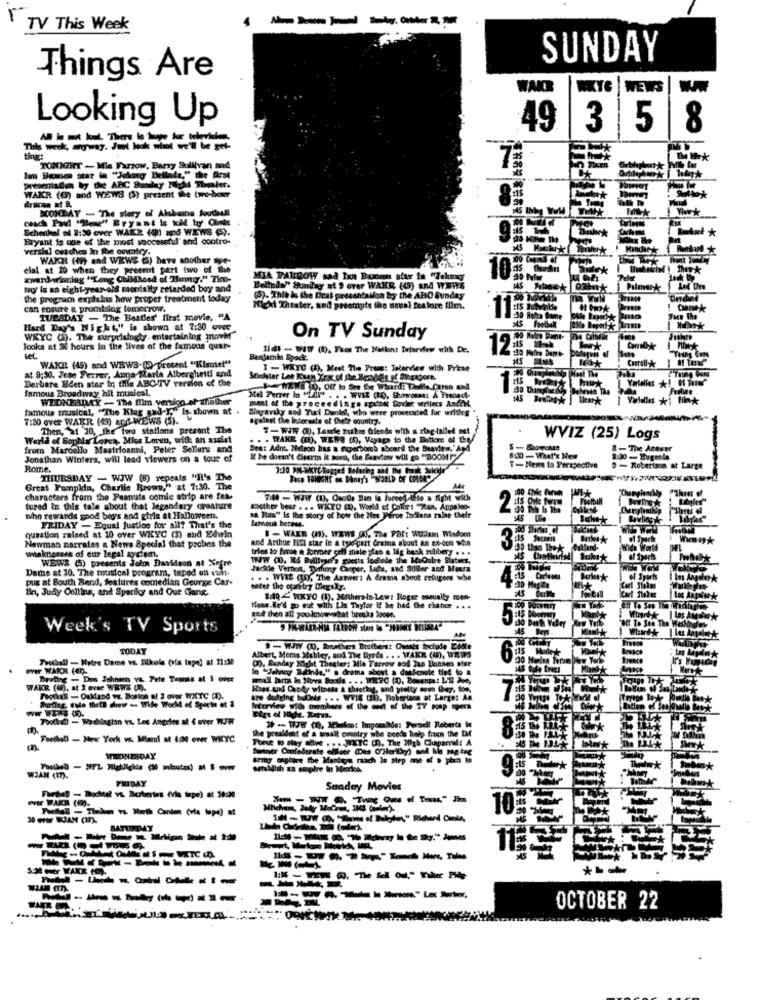
TV This Week
SUNDAY
Things Are
WAKR
WKTE WEWS
Looking Up
49 |3 |5 |8
-----
ting:
TOMMZHIT - Mia Farrow, Barry Sullivan and
7€
IT in "Jakorg Bell
og Dellade," the Rest
Wy De ABC Sunday Nicht Thaler.
WAKR (0) and WEWS (3) present the two-hour
KDAY - The story of Alabama foothall
coach Paid ""ene" Bryant le told by Chris
Schenkel al 3:30 over WAKE (4) and WEWS ().
Bryant Is one of the most successful and contro-
versial evaches In the onmtry.
WAICH (49) and WEWS () have another spe-
cial at 10 when they preemnt part two of the
awardwinning "Long Chidhosd of Honor." Tim-
MIA FARROW sad Inos Bunun star te "Takm
my is an eight-year-old mentally retarded boy and
Ballads" Sunday at 9 over WAKR (49) and WWW
Palmark
the program explains how proper treatment today
(5). This is the first presentailon by the ABO Sunday
can ensure & promising tomorrow.
Nicht Theater, sed preemipts the usual feature film.
TUESDAY - The Beatles' firat movie, "A
Fuer The
Hard Day's Night," is shown at 7:30 over
WKYC (a). The surprisingly. entertaining mnovhf"
On TV Sunday
looks at S6 hours In the lives of the famous quar
111 - WJW (8). Face The Nation: Telarview with Dr.
12:
Iet
WAKE (49) and WBWS.( -present "Kismet"
Benjamin Spock.
Caetell-k
at 9:30. Jose Ferrer, Anna Maria Alberghetti and
I - WKIC (1), Meet The Proms: Talerview with Prise
Barbare Eden star in this ABC-TV version of the
famous Broadway hit musical,
Me Perter I "Ll""
ms ), Off to See fee whard: Defle Cron and
WEDNESDAY - The flim versico at thisther
ment of the proceedings spadai Soviet writers Andin
famous musical, "The Klug sud-"," las
Singavaky and Yuri Danke, who were prosecuted for writes
MOIS WEWS (5).
against the Incorsats of their country.
Then, 21 10, the two stations present The
5-WJW (). Langle parkss friends with a zing-tailed est
World of Sophia Lorca, Mise Loren, with an assist
. . WYANE (IN). WEWa (5), Veyaga to the Bottom of the
WVIZ (25) Logs
from Marcello Masfrioanni, Peter Sellers and
Sen: Adnt. Nelson has a noperbors abcaril the Seaview. "Apd
5 - ShorroMe
& -The Arewer
Jonathan Winters, will lead viewers on a tour of
If he doesn't Clearma kt aoco, the Beavion will go "BOOM!"
Rome.
T-Nems ta Perspective
D - Robertson at Large
THURSDAY - WJW (8) repeals "It's The
Great Pumpkin, Charlie Brown," at 7:30. The
characters from the Peanuts comic strip are fes-
780 - WJW (UJ, OsoDe Ban la force) lite a fight with
tured in this tale about that legendary creature
Better bear . .. WKRO (A). World of Çokir: "Ren. Appaloo-
nhn rewards good boys and girls at Halloween.
s& Rus" is the story of how the Hee Peroe Indlera talne their
FRIDAY - Equal justice for all? That's the
8 - WAER (19), WEWS OU, The Päl: Wu:lam Windom
question raised at 10 over WKYC (3) and Edwin
and Arthur Hal star in a tuo-part Grama about an Ex-con whie
of Sporhe
Newman narrates & News Special that probes the
tries to furoe a former gali male zas a big buck mulbery . . .
23
billand.
Wide World
waknesses of our legal system.
WEWS (5) presents Jole Davidson at Xofre
WWW (D. R4 Billyser's guests fodhade the MoQulre Slaters,
Dame at 10. The musical program, taped off suit.
Jackle Verton, Torfmny Cioper, Lies, and Stiler and Meara
pus at South Rand, features enmedian George Car-
. . . WVIE (ry, The Answer: A drama about refugees whe
I Im Angolok
iln, Judy Collins, and Spatilor and Our Gang.
enter the country Dileg ally.
Foc ball
Carl Stelas
140 - WXYO (1), Mahersin Lew: Rogse osualty men-
Heas. We'd go out with Ihn Thyfor if he had the chater . . .
and then all youknowwhat breaks loopes
Week's TV Sports
45 Bmps
TODAY
-WWW (!), Smeters Brothers: Guests Inchode Edite
15 Mailet
Manik
Football - Notre Dame vs. Filiole (via tage) at 21:30
Albert, Moms Mabley, and The Byrds . . . WAKE (4), WIEws
(), Sunday Night Theater: Mia Farrow and Ja Bannen star
la "Jahnog Beinde," . drama about a denfenole tied to a
Bratire - Don Johnson ve. Pete Transs at 1 over
Haas and Candy witness & cheating, and pretty soon they, too,
Foothall - Oakland ya. Boston al 3 over WXTC (D.
are duftging byOnis . . . WVIS (II). Robertson at Large: An
Tood - Washington vs. Los Angeles at & over TFW
The president of a winalt country whe boods help fruen the DM
Foodhall - New York vs. Mari at 4:2 over WICYC
Pone to shay the . .. WIETC 9. The High Chaparral: A
WEDNESDAY
Brity engiare the Maniera ranch la step me of a plan to
Betaldlih as capire in Merke
WJAN (IT).
Sunday Movies
Farhet - Bhochel vo Surbertes (vla tape) at 38:20
Pull - The vs Hurts Conle (vis tepe) at
10
Il - wi Olan of Mym" Ridand Onto
SATLOUMY
----
----------
OCTOBER 22